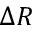
\Delta R